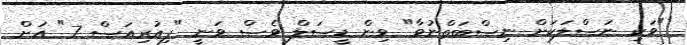
"ވަކި ނަސްލަކަށް ނިސްބަތްނުވާ" ވިން ޑީސަލް ވެސް ވަނީ "ފިއުރިއަސް 7" އަށް